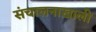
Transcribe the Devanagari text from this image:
संचालनाखाली